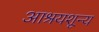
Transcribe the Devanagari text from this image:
आश्रयशून्य